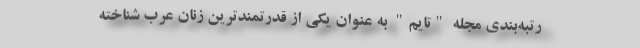
رتبه‌بندی مجله "تایم" به عنوان یکی از قدرتمندترین زنان عرب شناخته